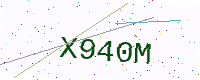
Text: X940M